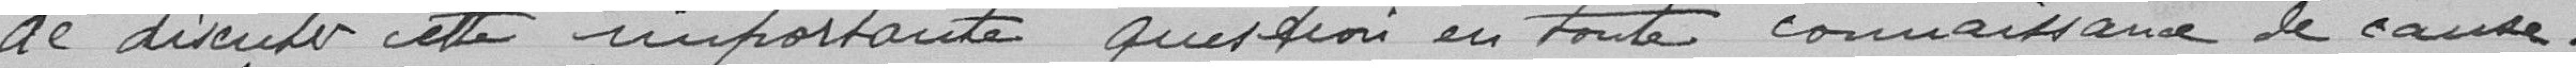
de discuter cette importante question en toute connaissance de cause.